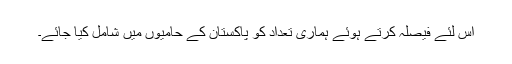
اس لئے فیصلہ کرتے ہوئے ہماری تعداد کو پاکستان کے حامیوں میں شامل کیا جائے۔